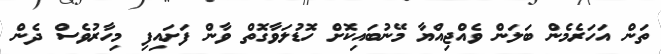
ތަން އަހަރެމެން ބަލަން ވެއްޖިއްޔާ މޭނުބައިކޮށް ހޮޑުލަވާގޮތް ވާން ފަށައިފި މިހާރުވެސް ދެން